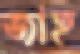
জাহ